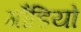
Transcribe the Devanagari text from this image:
गौडियो